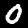
Label: 0